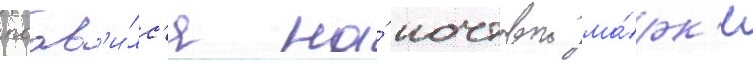
поав'и́лс'я на́ почтовои ма́рк'е